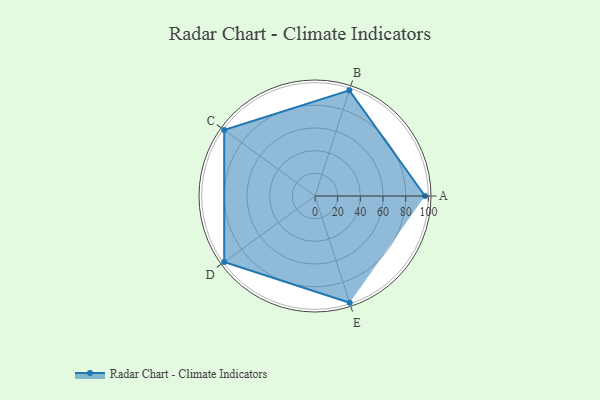
{"axis": {"x": "Skill", "y": "Score"}, "legend": ["Profile"], "data": [{"x": "A", "y": 97.0, "type": "Profile"}, {"x": "B", "y": 98.0, "type": "Profile"}, {"x": "C", "y": 99, "type": "Profile"}, {"x": "D", "y": 99, "type": "Profile"}, {"x": "E", "y": 99, "type": "Profile"}]}